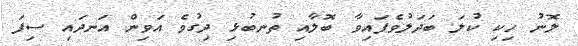
ލޮނު ހިކި ކުލަ ބަދަލުވެފައިވާ ބޮލާއި ތުނބުޅި ދިގުވެ އަވިން އަނދައި ސިފަ